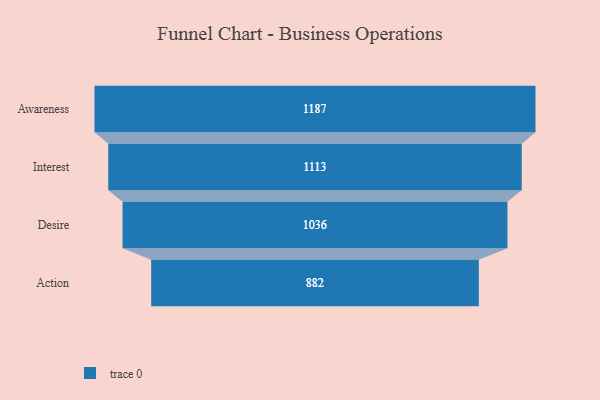
{"axis": {"x": "Stage", "y": "Value"}, "legend": [""], "data": [{"x": "Awareness", "y": 1187.0, "type": ""}, {"x": "Interest", "y": 1113.0, "type": ""}, {"x": "Desire", "y": 1036.0, "type": ""}, {"x": "Action", "y": 882.0, "type": ""}]}